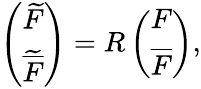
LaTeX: \left(\begin{array}{cc}{{\widetilde F}}\\ {{{\widetilde{\overline{{F}}}}}}\end{array}\right)=R\left(\begin{array}{cc}{{F}}\\ {{{\overline{{F}}}}}\end{array}\right),